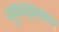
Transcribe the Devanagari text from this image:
भूमध्यसगर